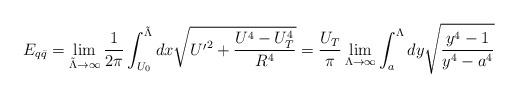
LaTeX: \begin{align*}E_{q\bar{q}} =\lim_{{\tilde \Lambda}\rightarrow\infty}\frac{1}{2\pi}\int^{{\tilde \Lambda}}_{U_0} dx \sqrt{{U^{\prime}}^2+\frac{U^4-U^4_T}{R^4}}= \frac{U_T}{\pi} \lim_{\Lambda \rightarrow \infty}\int_a^{\Lambda} d y \sqrt{\frac{y^4 - 1}{y^4 - a^4}}\end{align*}